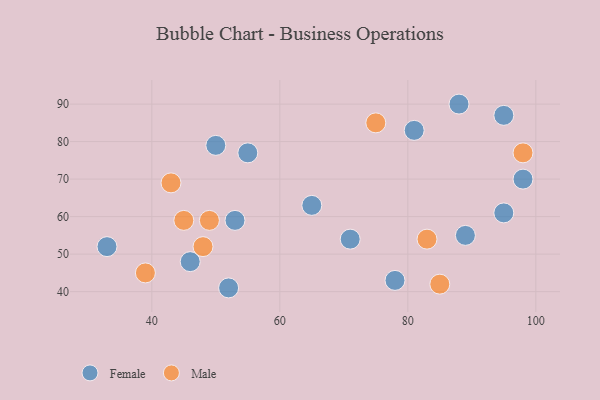
{"axis": {"x": "GDP", "y": "Life Expectancy"}, "legend": ["Female", "Male"], "data": [{"x": "33", "y": 52, "type": "Female"}, {"x": "55", "y": 77, "type": "Female"}, {"x": "81", "y": 83, "type": "Female"}, {"x": "98", "y": 70, "type": "Female"}, {"x": "88", "y": 90, "type": "Female"}, {"x": "89", "y": 55, "type": "Female"}, {"x": "50", "y": 79, "type": "Female"}, {"x": "53", "y": 59, "type": "Female"}, {"x": "46", "y": 48, "type": "Female"}, {"x": "95", "y": 87, "type": "Female"}, {"x": "71", "y": 54, "type": "Female"}, {"x": "78", "y": 43, "type": "Female"}, {"x": "65", "y": 63, "type": "Female"}, {"x": "95", "y": 61, "type": "Female"}, {"x": "52", "y": 41, "type": "Female"}, {"x": "83", "y": 54, "type": "Male"}, {"x": "85", "y": 42, "type": "Male"}, {"x": "49", "y": 59, "type": "Male"}, {"x": "45", "y": 59, "type": "Male"}, {"x": "43", "y": 69, "type": "Male"}, {"x": "48", "y": 52, "type": "Male"}, {"x": "39", "y": 45, "type": "Male"}, {"x": "75", "y": 85, "type": "Male"}, {"x": "98", "y": 77, "type": "Male"}]}